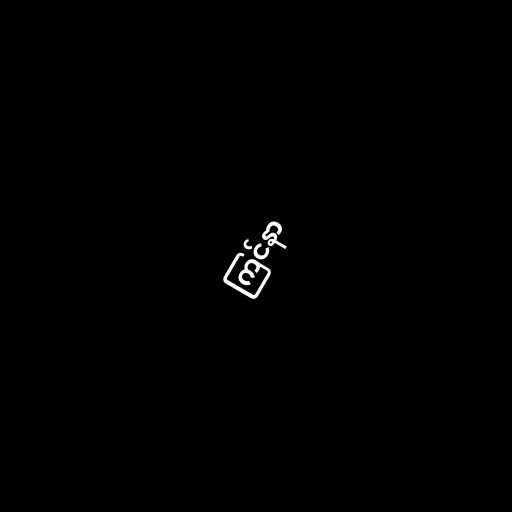
ကြင်နာ